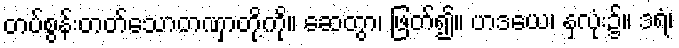
တပ်စွန်းတတ်သောတဏှာတို့ကို။ ဆေတွာ၊ ဖြတ်၍။ ဟဒယေ၊ နှလုံး၌။ ဒရံ၊